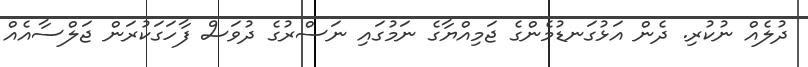
ދުލެއް ނުކުރި. ދެން އަޅުގަނޑުމެންގެ ޖަމިއްޔާގެ ނަމުގައި ނަސްރުގެ ދުވަސް ފާހަގަކުރަން ޖަލްސާއެއް